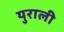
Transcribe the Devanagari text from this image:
युराली